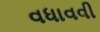
વધાવવી